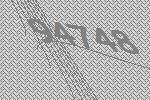
94748